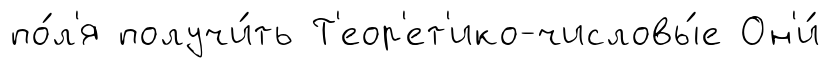
по́л'я получи́ть Т'еор'ет'ико-числовы́е Он'и́